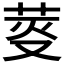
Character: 𦯘